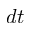
d t